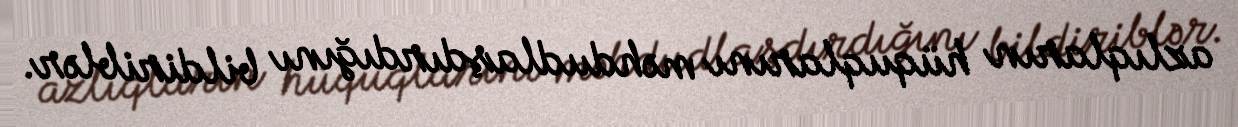
azlıqların hüquqlarını məhdudlaşdırdığını bildiriblər.